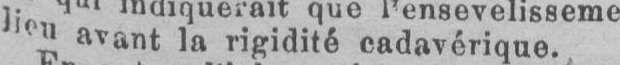
lieu avant la rigidité cadavérique.